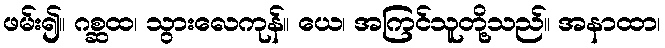
ဖမ်း၍။ ဂစ္ဆထ၊ သွားလေကုန်။ ယေ၊ အကြင်သူတို့သည်။ အနာထာ၊